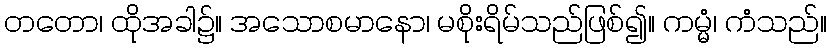
တတော၊ ထိုအခါ၌။ အသောစမာနော၊ မစိုးရိမ်သည်ဖြစ်၍။ ကမ္မံ၊ ကံသည်။